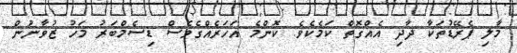
މާލި ޕެރޭޑުތަކާ ދާދި އެއްގޮތް ކަމެކެވެ. ކޮންމެ އަހަރެއްގެވެސް ޑިސެމްބަރު މަހު ޒުވާނުން